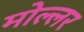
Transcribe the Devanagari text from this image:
मोल्लर